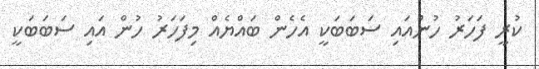
ކުރީ ފަހަރު ހުންއައި ސަބަބަކީ އެހެން ބައްޔެއް މިފަހަރު ހުން އައި ސަބަބަކީ